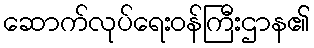
ဆောက်လုပ်ရေးဝန်ကြီးဌာန၏